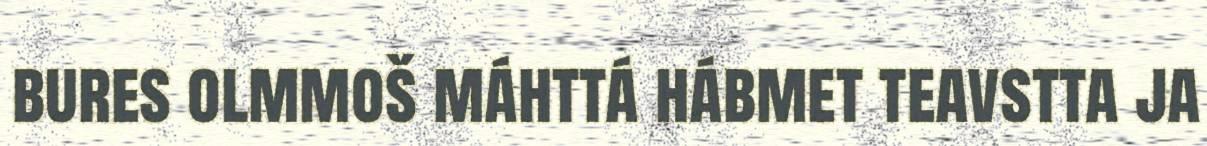
bures olmmoš máhttá hábmet teavstta ja